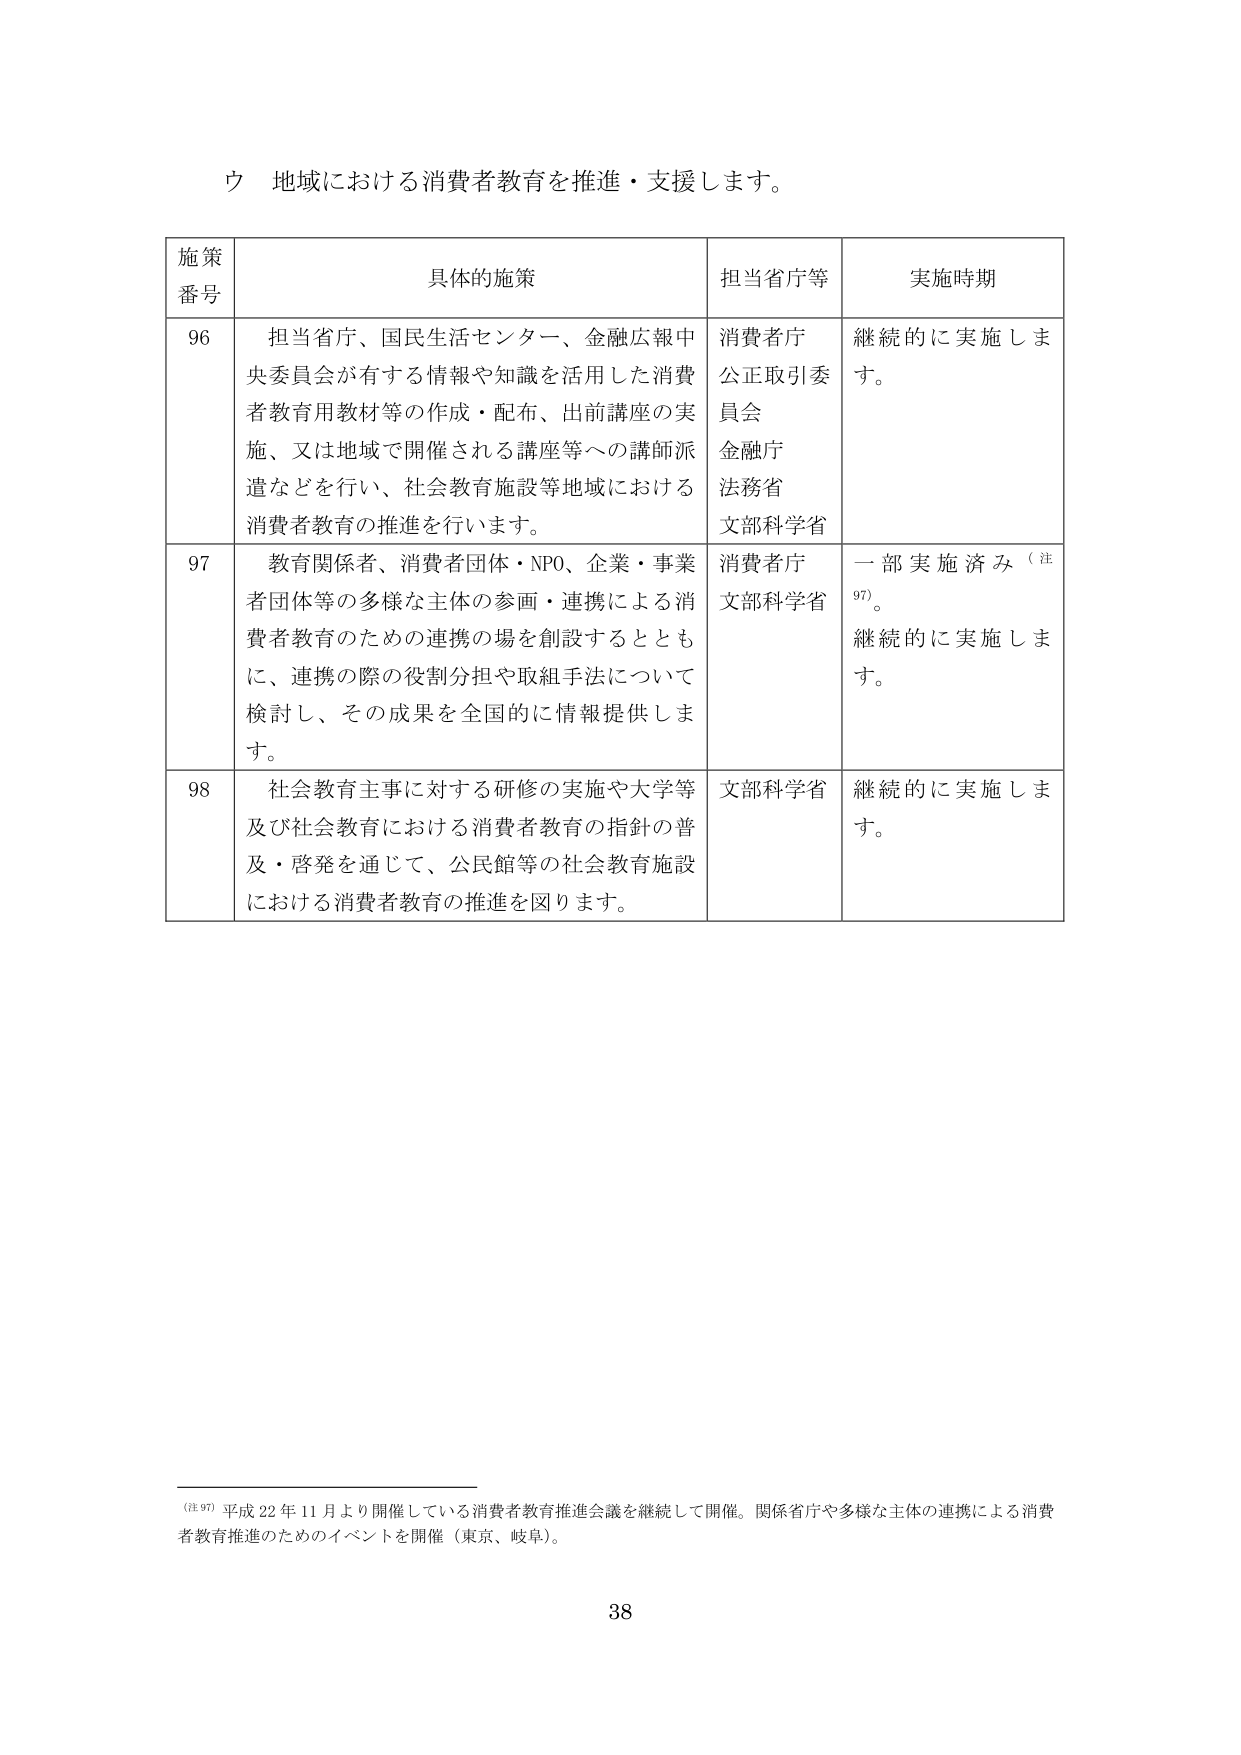
ウ 地域における消費者教育を推進・支援します。

施策
番号	具体的施策	担当省庁等	実施時期
96	担当省庁、国民生活センター、金融広報中央委員会が有する情報や知識を活用した消費者教育用教材等の作成・配布、出前講座の実施、又は地域で開催される講座等への講師派遣などを行い、社会教育施設等地域における消費者教育の推進を行います。	消費者庁
公正取引委員会
金融庁
法務省
文部科学省	継続的に実施します。
97	教育関係者、消費者団体・NPO、企業・事業者団体等の多様な主体の参画・連携による消費者教育のための連携の場を創設するとともに、連携の際の役割分担や取組手法について検討し、その成果を全国的に情報提供します。	消費者庁
文部科学省	一部実施済み（注97）。
継続的に実施します。
98	社会教育主事に対する研修の実施や大学等及び社会教育における消費者教育の指針の普及・啓発を通じて、公民館等の社会教育施設における消費者教育の推進を図ります。	文部科学省	継続的に実施します。

（注97）平成22年11月より開催している消費者教育推進会議を継続して開催。関係省庁や多様な主体の連携による消費者教育推進のためのイベントを開催（東京、岐阜）。

38